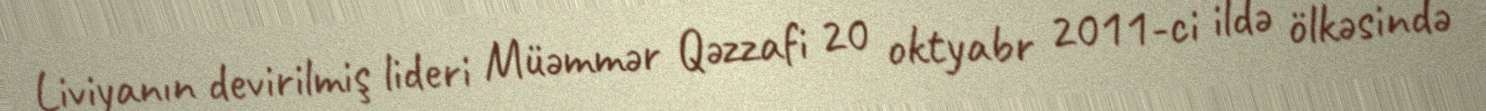
Liviyanın devirilmiş lideri Müəmmər Qəzzafi 20 oktyabr 2011-ci ildə ölkəsində